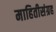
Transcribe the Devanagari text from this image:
माहितीसंग्रह